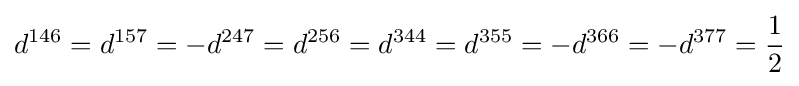
d^{146}=d^{157}=-d^{247}=d^{256}=d^{344}=d^{355}=-d^{366}=-d^{377}={\frac {1}{2}}